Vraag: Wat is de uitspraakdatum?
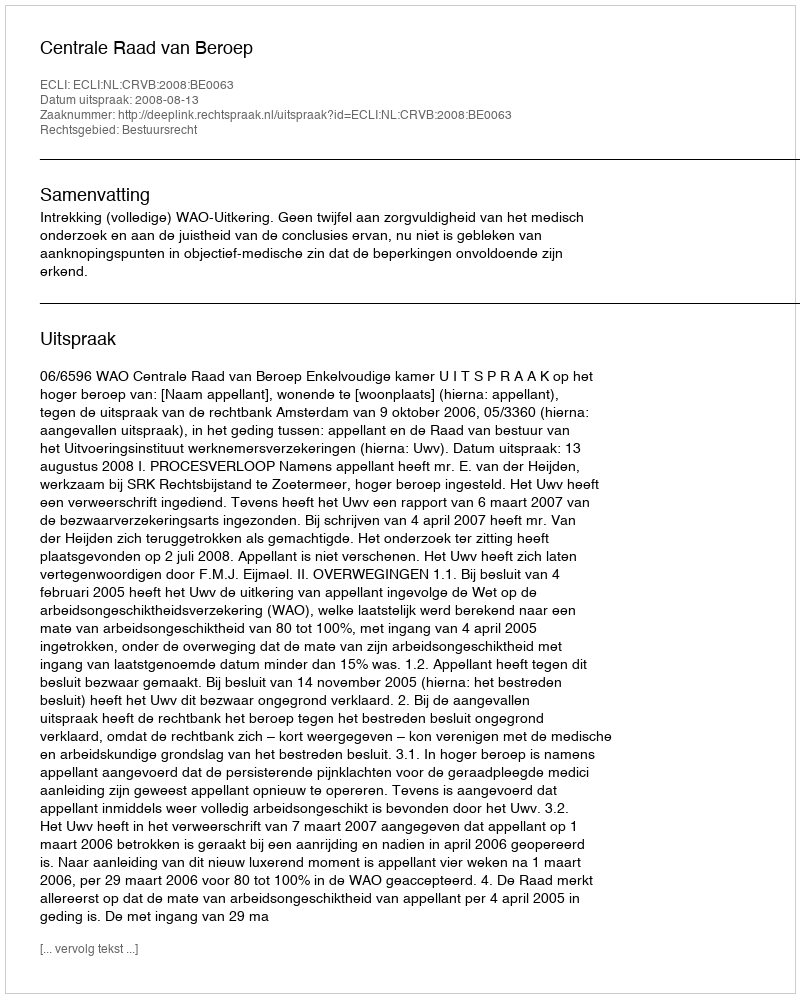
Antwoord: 2008-08-13